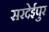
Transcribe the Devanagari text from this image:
सरदेईपुर